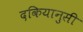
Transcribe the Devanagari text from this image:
दकियानुसी